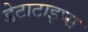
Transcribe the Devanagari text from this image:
डेटाटाइप्स